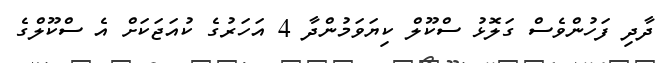
ދާދި ފަހުންވެސް ގަލޮޅު ސްކޫލް ކިޔަވަމުންދާ 4 އަހަރުގެ ކުއަޖަކަށް އެ ސްކޫލްގެ